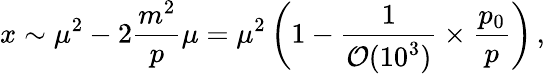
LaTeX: x\sim\mu^{2}-2\frac{m^{2}}{p}\mu=\mu^{2}\left(1-\frac{1}{{\cal O}(10^{3})}\times\frac{p_{0}}{p}\right)\, ,